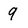
Character: 9